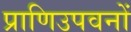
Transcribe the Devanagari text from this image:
प्राणिउपवनों